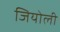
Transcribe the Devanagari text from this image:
जियोली